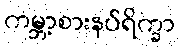
ကမ္ဘာ့စားနပ်ရိက္ခာ